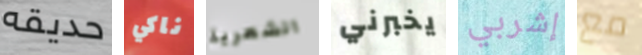
حديقه ناكي الشعرية يخبرني إشربي مع